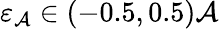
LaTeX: \varepsilon_{\mathcal{A}}\in(-0.5,0.5)\mathcal{A}